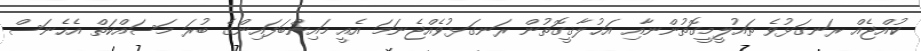
ކުއްޖެއް ރަނގަޅުވެ ތައުލީމީގޮތުންނާއި އަޚުލާޤީގޮތުން ރަނގަޅުވެއްޖެނަމަ އެއީ މައިންބަފައިންގެ ބުރަ މަސައްކަތް އެހެނަސް